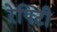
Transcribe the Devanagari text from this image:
रेपिटी